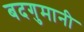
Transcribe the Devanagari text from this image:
बदगुमानी